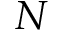
N